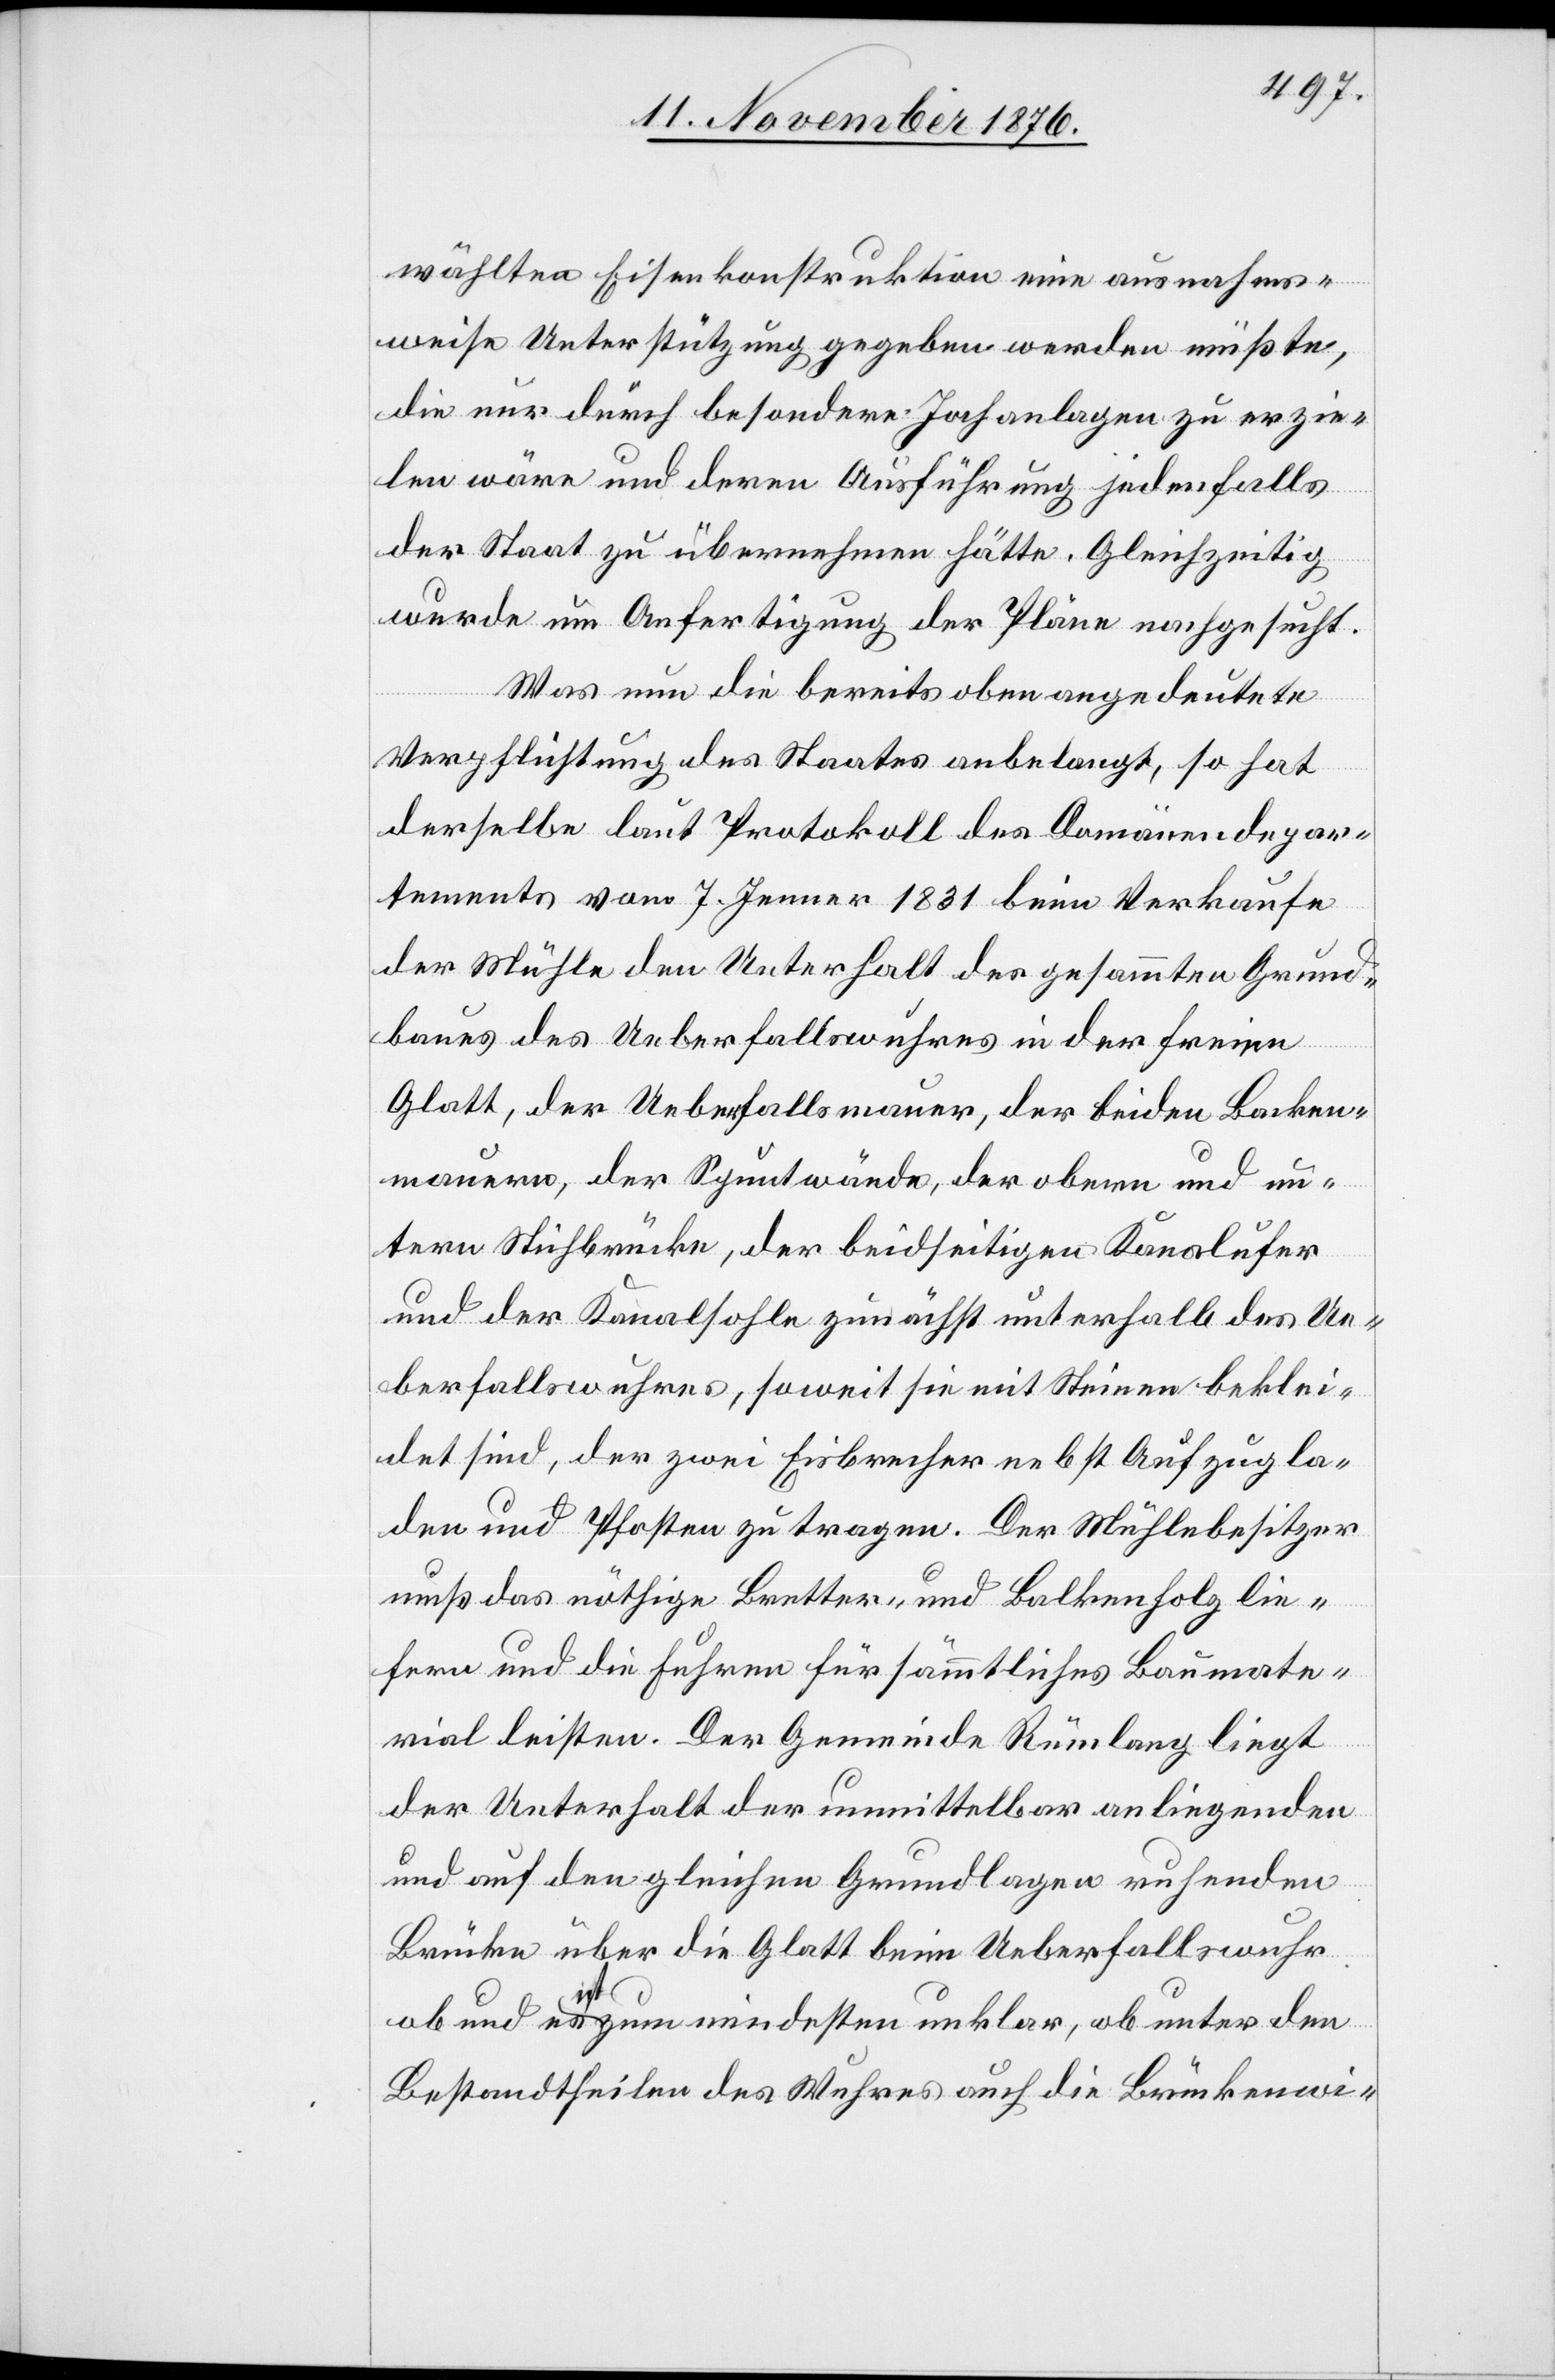
wählten Eisenkonstruktion eine ausnahms¬
weise Unterstützung gegeben werden müßte,
die nur durch besondere Jochanlagen zu erzie¬
len wäre und deren Ausführung jedenfalls
der Staat zu übernehmen hätte. Gleichzeitig
wurde um Anfertigung der Pläne nachgesucht.
Was nun die bereits oben angedeutete
Verpflichtung des Staates anbelangt, so hat
derselbe laut Protokoll des Domänendepar¬
tements vom 7. Jenner 1831 beim Verkaufe
der Mühle den Unterhalt des gesammten Grund¬
baues des Ueberfallswuhres in der freien
Glatt, der Ueberfallsmauer, der beiden Backen¬
mauern, der Spuntwände, der obern und un¬
tern Stichbrücke, der beidseitigen Kanalufer
und der Kanalsohle zunächst unterhalb des Ue¬
berfallswuhres, soweit sie mit Steinen beklei¬
det sind, der zwei Eisbrecher nebst Aufzugla¬
den und Pfosten zu tragen. Der Mühlebesitzer
muß das nöthige Bretter- und Balkenholz lie¬
fern und die Fuhren für sämmtliches Baumate¬
rial leisten. Der Gemeinde Rümlang liegt
der Unterhalt der unmittelbar anliegenden
und auf den gleichen Grundlagen ruhenden
Brücke über die Glatt beim Ueberfallswuhr
ob und es ist zum mindesten unklar, ob unter den
Bestandtheilen des Wuhres auch die Brückenwi-